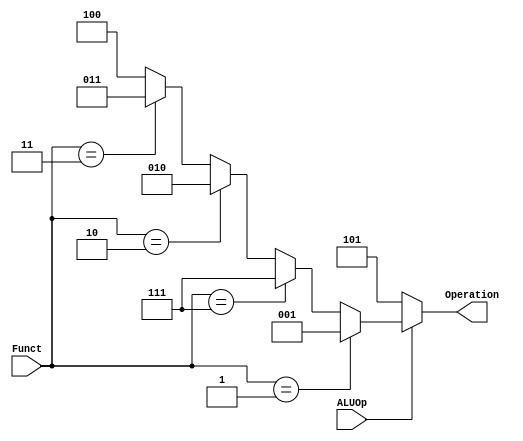
//ALU Control for phase 1 should be modified later
module ALUControl (ALUOp, Funct, Operation);
    input ALUOp;
    input [2:0] Funct;
    output [2:0] Operation;

    // if combinational circuit
    assign Operation = 
        (ALUOp == 1) ? ((Funct == 3'b001) ? 3'b001:                     //LDD
                        (Funct == 3'b111) ? 3'b111:                     //LDM
                        (Funct == 3'b010) ? 3'b010:                     //Store
                        (Funct == 3'b011) ? 3'b011: 3'b100) : 3'b101;   // Add : Not : Nop(ALUOp is 0) 
endmodule